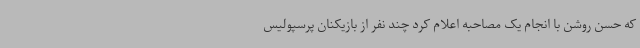
که حسن روشن با انجام یک مصاحبه اعلام کرد چند نفر از بازیکنان پرسپولیس